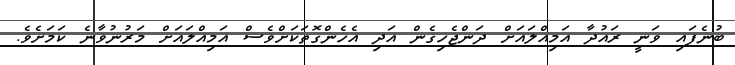
ބުނެފައި ވަނީ ރައުދާ އަމިއްލަައަށް ދަންޖެހިގެން އަދި އެހެންގޮތަކަށްވެސް އަމިއްލައަށް މަރުނުވާނެ ކަމަށެވެ.